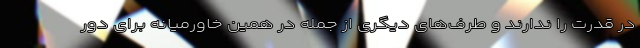
در قدرت را ندارند و طرف‌های دیگری از جمله در همین خاورمیانه برای دور